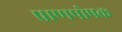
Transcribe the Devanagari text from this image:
प्राणपोषक